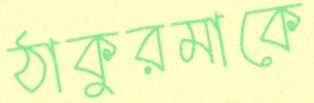
ঠাকুরমাকে